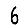
Digit: 6